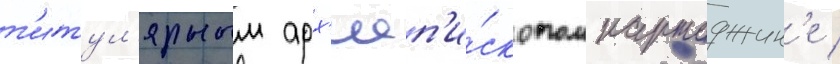
т'итул'ярным арх'иеп'и́скопом картаджин'е /